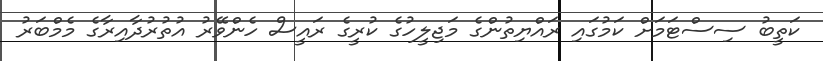
ކަތީބު ސިސްޓަމަށް ކަމުގައި ރައްޔިތުންގެ މަޖިލީހުގެ ކުރީގެ ރައީސް ހެންވޭރު އުތުރުދާއިރާގެ މެމްބަރު